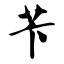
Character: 苄